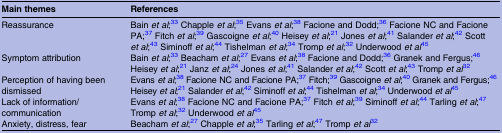
<table><thead><tr><td><b>Main themes</b></td><td><b>References</b></td></tr></thead><tbody><tr><td>Reassurance</td><td>Bain <i>et al</i>;33 Chapple <i>et al</i>;35 Evans <i>et al</i>;38 Facione and Dodd;36 Facione NC and Facione PA;37 Fitch <i>et al</i>;39 Gascoigne <i>et al</i>;40 Heisey <i>et al</i>;21 Jones <i>et al</i>;41 Salander <i>et al</i>;42 Scott <i>et al</i>;43 Siminoff <i>et al</i>;44 Tishelman <i>et al</i>;34 Tromp <i>et al</i>;32 Underwood <i>et al</i>45</td></tr><tr><td>Symptom attribution</td><td>Bain <i>et al</i>;33 Beacham <i>et al</i>;27 Evans <i>et al</i>;38 Facione and Dodd;36 Granek and Fergus;46 Heisey <i>et al</i>;21 Janz <i>et al</i>;24 Jones <i>et al</i>;41 Salander <i>et al</i>;42 Scott <i>et al</i>;43 Tromp <i>et al</i>32</td></tr><tr><td>Perception of having been dismissed</td><td>Evans <i>et al</i>;38 Facione NC and Facione PA;37 Fitch;39 Gascoigne <i>et al</i>;40 Granek and Fergus;46 Heisey <i>et al</i>;21 Salander <i>et al</i>;42 Siminoff <i>et al</i>;44 Tishelman <i>et al</i>;34 Underwood <i>et al</i>45</td></tr><tr><td>Lack of information/communication</td><td>Evans <i>et al</i>;38 Facione NC and Facione PA;37 Fitch <i>et al</i>;39 Siminoff <i>et al</i>;44 Tarling <i>et al</i>;47 Tromp <i>et al</i>;32 Underwood <i>et al</i>45</td></tr><tr><td>Anxiety, distress, fear</td><td>Beacham <i>et al</i>;27 Chapple <i>et al</i>;35 Tarling <i>et al</i>;47 Tromp <i>et al</i>32</td></tr></tbody></table>